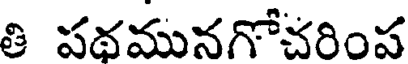
తి పథమునగోచరింప